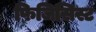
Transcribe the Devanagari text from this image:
फिजिसिस्ट